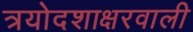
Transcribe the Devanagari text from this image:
त्रयोदशाक्षरवाली